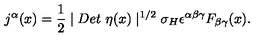
j ^ { \alpha } ( x ) = \frac 1 2 \mid D e t \ \eta ( x ) \mid ^ { 1 / 2 } \sigma _ { H } \epsilon ^ { \alpha \beta \gamma } F _ { \beta \gamma } ( x ) .